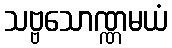
သဗ္ဗသောဏ္ဏမယံ